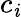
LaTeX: c_{\mathit{i}}